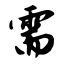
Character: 需